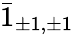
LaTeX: \bar{1}_{\pm 1,\pm 1}